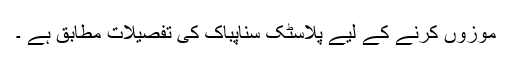
موزوں کرنے کے لیے پلاسٹک سناپباک کی تفصیلات مطابق ہے ۔